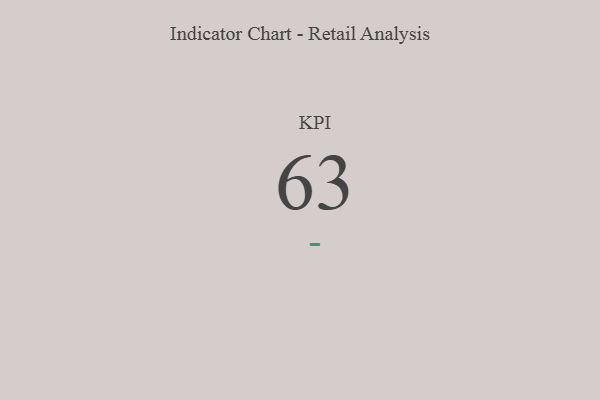
{"axis": {"x": "KPI", "y": "Value"}, "legend": [""], "data": [{"x": "KPI", "y": 63, "type": ""}]}